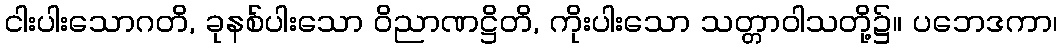
ငါးပါးသောဂတိ, ခုနစ်ပါးသော ဝိညာဏဋ္ဌိတိ, ကိုးပါးသော သတ္တာဝါသတို့၌။ ပဘေဒကာ၊